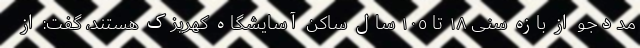
مددجو از بازه سنی ۱۸ تا ١٠٥ سال ساکن آسایشگاه کهریزک هستند، گفت: از